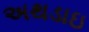
અથડાઇ